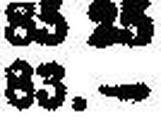
83.—